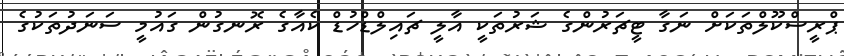
ޕްރީސްކޫލްތަކަށް ނަގާ ޓީޗަރުންގެ ޝަރުތަކީ އާލީ ޗައިލްޑްހުޑް ކެއާގެ ރޮނގުން ގައުމީ ސަނަދުތަކުގެ